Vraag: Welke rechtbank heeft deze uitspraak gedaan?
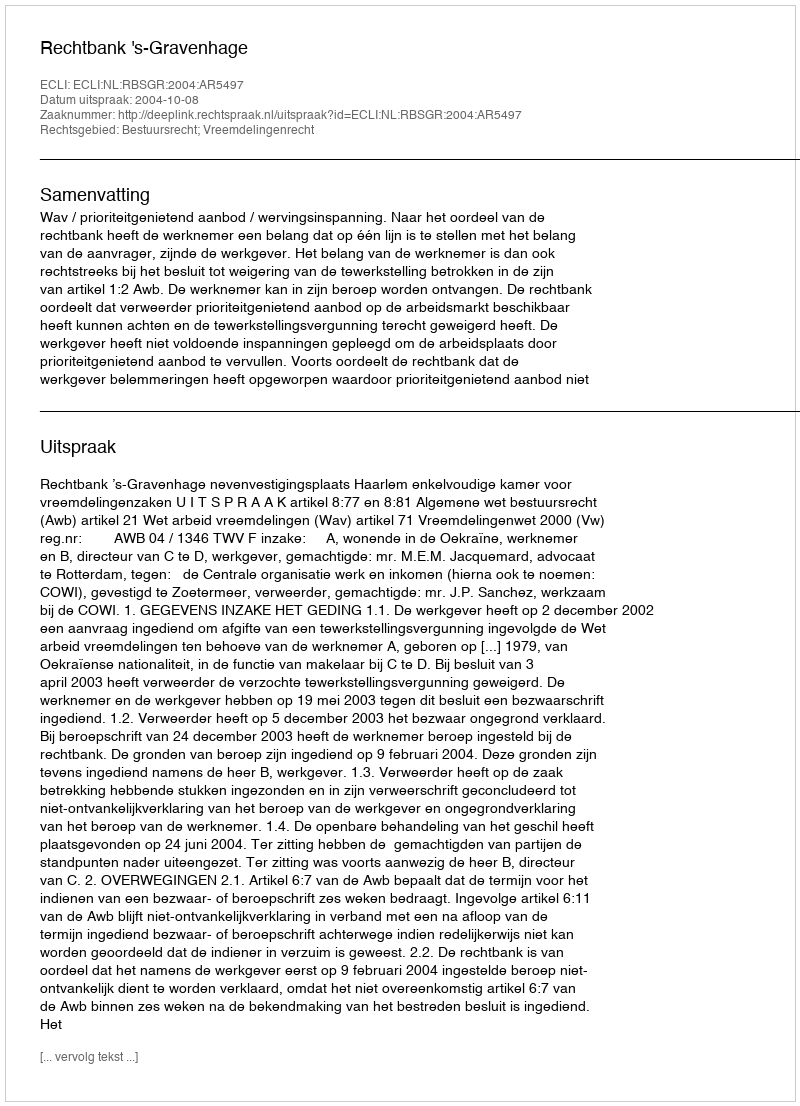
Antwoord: Rechtbank 's-Gravenhage